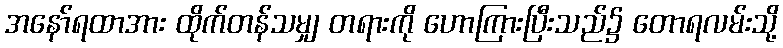
အနော်ရထာအား ထိုက်တန်သမျှ တရားကို ဟောကြားပြီးသည်၌ တောရလမ်းသို့